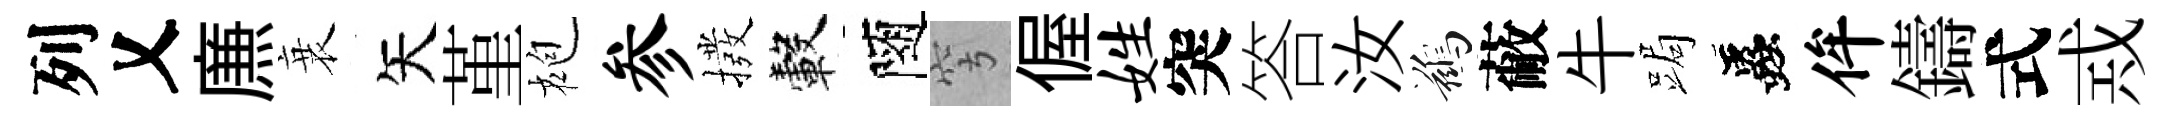
列乂㢘衰矢堇袍参撥轂隨穹偓姓突答汝鷀蔽牛跼蟲侔鑄式𢦶